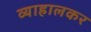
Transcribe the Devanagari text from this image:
व्याहालकर